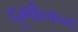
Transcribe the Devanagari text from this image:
दुर्गानन्द